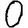
Digit: 0